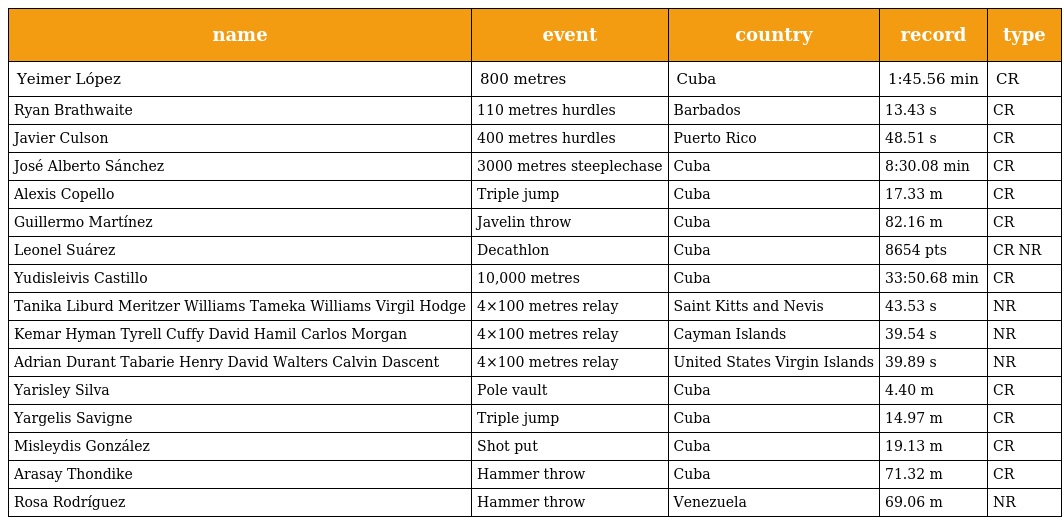
| name | event | country | record | type |
 | --- | --- | --- | --- | --- |
 | Yeimer López | 800 metres | Cuba | 1:45.56 min | CR |
 | Ryan Brathwaite | 110 metres hurdles | Barbados | 13.43 s | CR |
 | Javier Culson | 400 metres hurdles | Puerto Rico | 48.51 s | CR |
 | José Alberto Sánchez | 3000 metres steeplechase | Cuba | 8:30.08 min | CR |
 | Alexis Copello | Triple jump | Cuba | 17.33 m | CR |
 | Guillermo Martínez | Javelin throw | Cuba | 82.16 m | CR |
 | Leonel Suárez | Decathlon | Cuba | 8654 pts | CR NR |
 | Yudisleivis Castillo | 10,000 metres | Cuba | 33:50.68 min | CR |
 | Tanika Liburd Meritzer Williams Tameka Williams Virgil Hodge | 4×100 metres relay | Saint Kitts and Nevis | 43.53 s | NR |
 | Kemar Hyman Tyrell Cuffy David Hamil Carlos Morgan | 4×100 metres relay | Cayman Islands | 39.54 s | NR |
 | Adrian Durant Tabarie Henry David Walters Calvin Dascent | 4×100 metres relay | United States Virgin Islands | 39.89 s | NR |
 | Yarisley Silva | Pole vault | Cuba | 4.40 m | CR |
 | Yargelis Savigne | Triple jump | Cuba | 14.97 m | CR |
 | Misleydis González | Shot put | Cuba | 19.13 m | CR |
 | Arasay Thondike | Hammer throw | Cuba | 71.32 m | CR |
 | Rosa Rodríguez | Hammer throw | Venezuela | 69.06 m | NR |